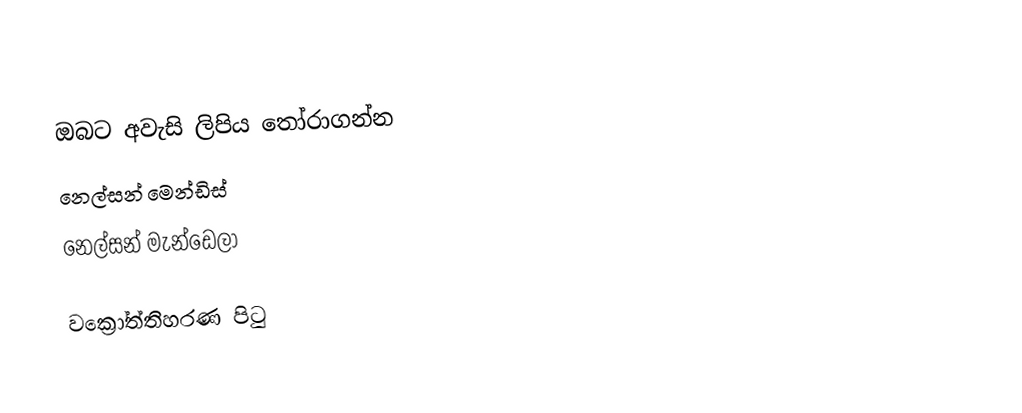
ඔබට අවැසි ලිපිය තෝරාගන්න
 නෙල්සන් මෙන්ඩිස්‌
 නෙල්සන් මැන්ඩෙලා

වක්‍රෝත්තිහරණ පිටු